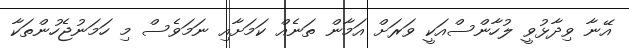
އޭނާ ވިދާޅުވީ ލުހާންސްއަކީ ވަރަށް އަމާން ތަނެއް ކަމަށާއި ނަމަވެސް މި ހަމަނުޖެހުންތަކާ